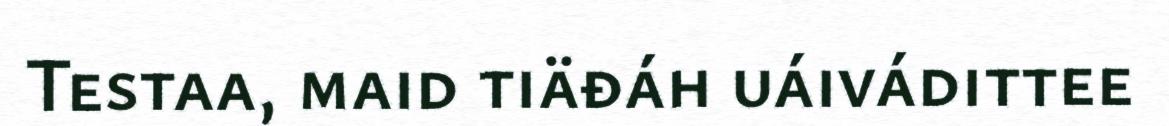
Testaa, maid tiäđáh uáivádittee